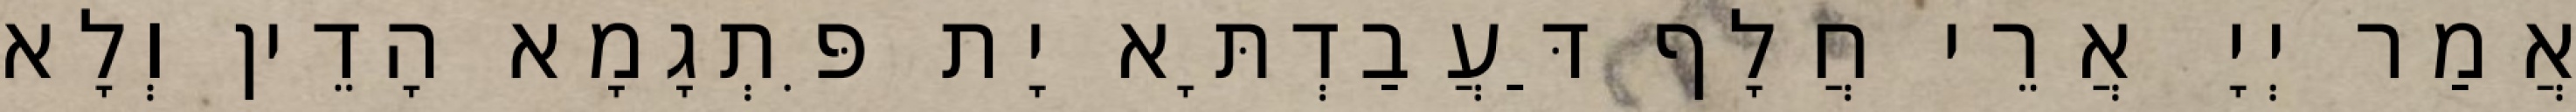
אֲמַר יְיָ אֲרֵי חֲלָף דַּעֲבַדְתָּא יָת פִּתְגָמָא הָדֵין וְלָא